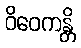
ဝိဝေကန္တိ